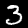
Digit: 3